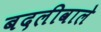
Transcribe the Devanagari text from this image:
बदलीवाले